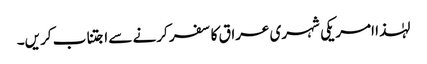
لہٰذا امریکی شہری عراق کا سفر کرنے سے اجتناب کریں۔